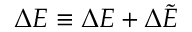
\Delta E \equiv \Delta { \cal E } + \Delta \tilde { \cal E }